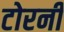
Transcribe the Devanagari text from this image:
टोरनी